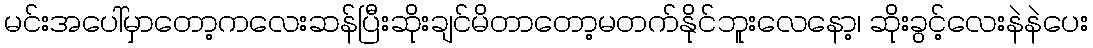
မင်းအပေါ်မှာတော့ကလေးဆန်ပြီးဆိုးချင်မိတာတော့မတက်နိုင်ဘူးလေနော့၊ ဆိုးခွင့်လေးနဲနဲပေး